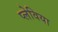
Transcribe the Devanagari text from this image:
प्लेविया